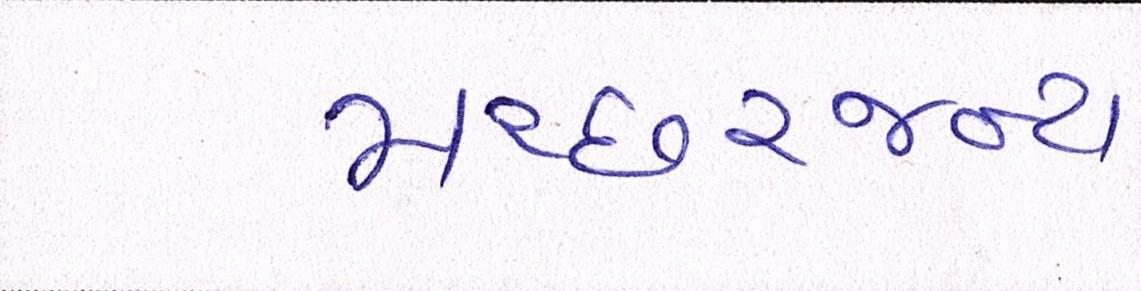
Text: મચ્છરજન્ય